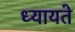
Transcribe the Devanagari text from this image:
ध्यायते